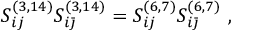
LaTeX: S _ { i j } ^ { ( 3 , 1 4 ) } S _ { i { \bar { \jmath } } } ^ { ( 3 , 1 4 ) } = S _ { i j } ^ { ( 6 , 7 ) } S _ { i { \bar { \jmath } } } ^ { ( 6 , 7 ) } \ ,